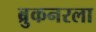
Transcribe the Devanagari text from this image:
ब्रुकनरला